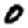
Digit: 0